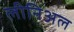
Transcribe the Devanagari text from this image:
लीनिअल